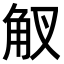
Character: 𧢷